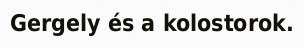
Gergely és a kolostorok.